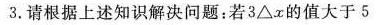
3$$.请根据上述知识解决问题：若3△x的值大于5